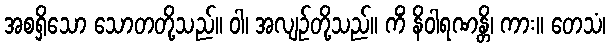
အစရှိသော သောတတို့သည်။ ဝါ၊ အလျဉ်တို့သည်။ ကိံ နိဝါရဏန္တိ၊ ကား။ တေသံ၊